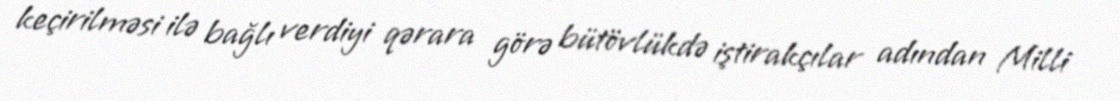
keçirilməsi ilə bağlı verdiyi qərara görə bütövlükdə iştirakçılar adından Milli